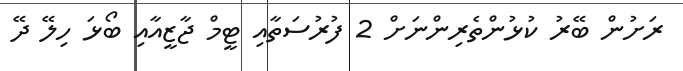
ރަށުން ބޭރު ކުޅުންތެރިންނަށް 2 ފުރުސަތާއި ޓީމް ޖާޒީއާއި ބޯޅަ ހިލޭ ދޭ